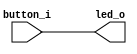
module simpleButton (
    input      button_i,
    output     led_o
);

assign led_o = button_i;

endmodule